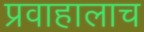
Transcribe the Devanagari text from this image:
प्रवाहालाच